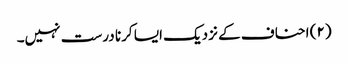
(۲) احناف کے نزدیک ایسا کرنا درست نہیں۔